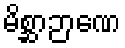
မိစ္ဆာဉာဏေ